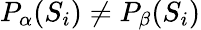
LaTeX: P_{\alpha}(S_{i})\neq P_{\beta}(S_{i})